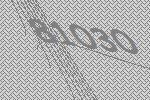
81030